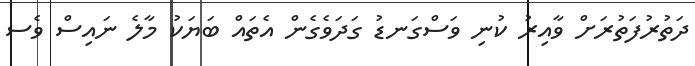
ދަތުރުފަތުރަށް ވާއިރު ކުނި ވަސްގަނޑު ގަދަވެގެން އެތައް ބަޔަކު މާލެ ނައިސް ވެސ